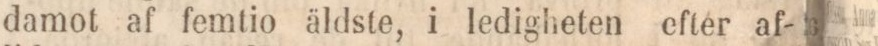
damot af femtio äldste, i ledigheten efter af-